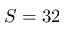
S = 3 2